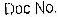
DOC NO.